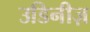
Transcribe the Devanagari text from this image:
उडिनीज़